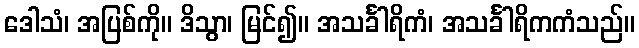
ဒေါသံ၊ အပြစ်ကို။ ဒိသွာ၊ မြင်၍။ အသင်္ခါရိကံ၊ အသင်္ခါရိကကံသည်။